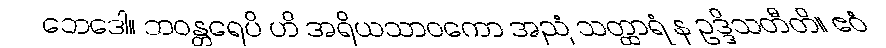
ဘေဒေါ။ ဘဝန္တရေပိ ဟိ အရိယသာဝကော အညံ သတ္ထာရံ န ဥဒ္ဒိသတီတိ။ ဧဝံ